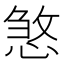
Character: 𢞀